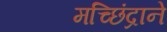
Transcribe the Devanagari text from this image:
मच्छिंद्राने